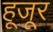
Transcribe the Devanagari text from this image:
हूजूर